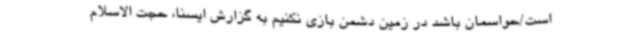
است/حواسمان باشد در زمین دشمن بازی نکنیم به گزارش ایسنا، حجت الاسلام